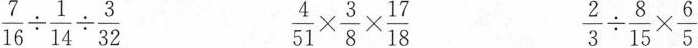
$$\frac { 7 } { 1 6 } \div \frac { 1 } { 1 4 } \div \frac { 3 } { 3 2 }$$ $$\frac { 4 } { 5 1 } \times \frac { 3 } { 8 } \times \frac {1 7 } { 1 8 }$$ $$\frac { 2 } { 3 } \div \frac { 8 } { 1 5 } \times \frac { 6 } { 5 }$$